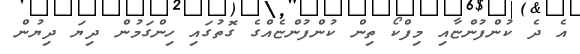
އެ ދެ ކުންފުންޏާއި މިފްކޯ ތިން ކުންފުންޏެއްގެ ގޮތުގައި ހިންގަމުން ދިޔަ ދިޔުން